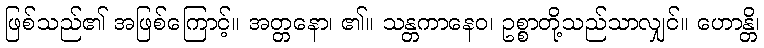
ဖြစ်သည်၏ အဖြစ်ကြောင့်။ အတ္တနော၊ ၏။ သန္တကာနေဝ၊ ဥစ္စာတို့သည်သာလျှင်။ ဟောန္တိ၊